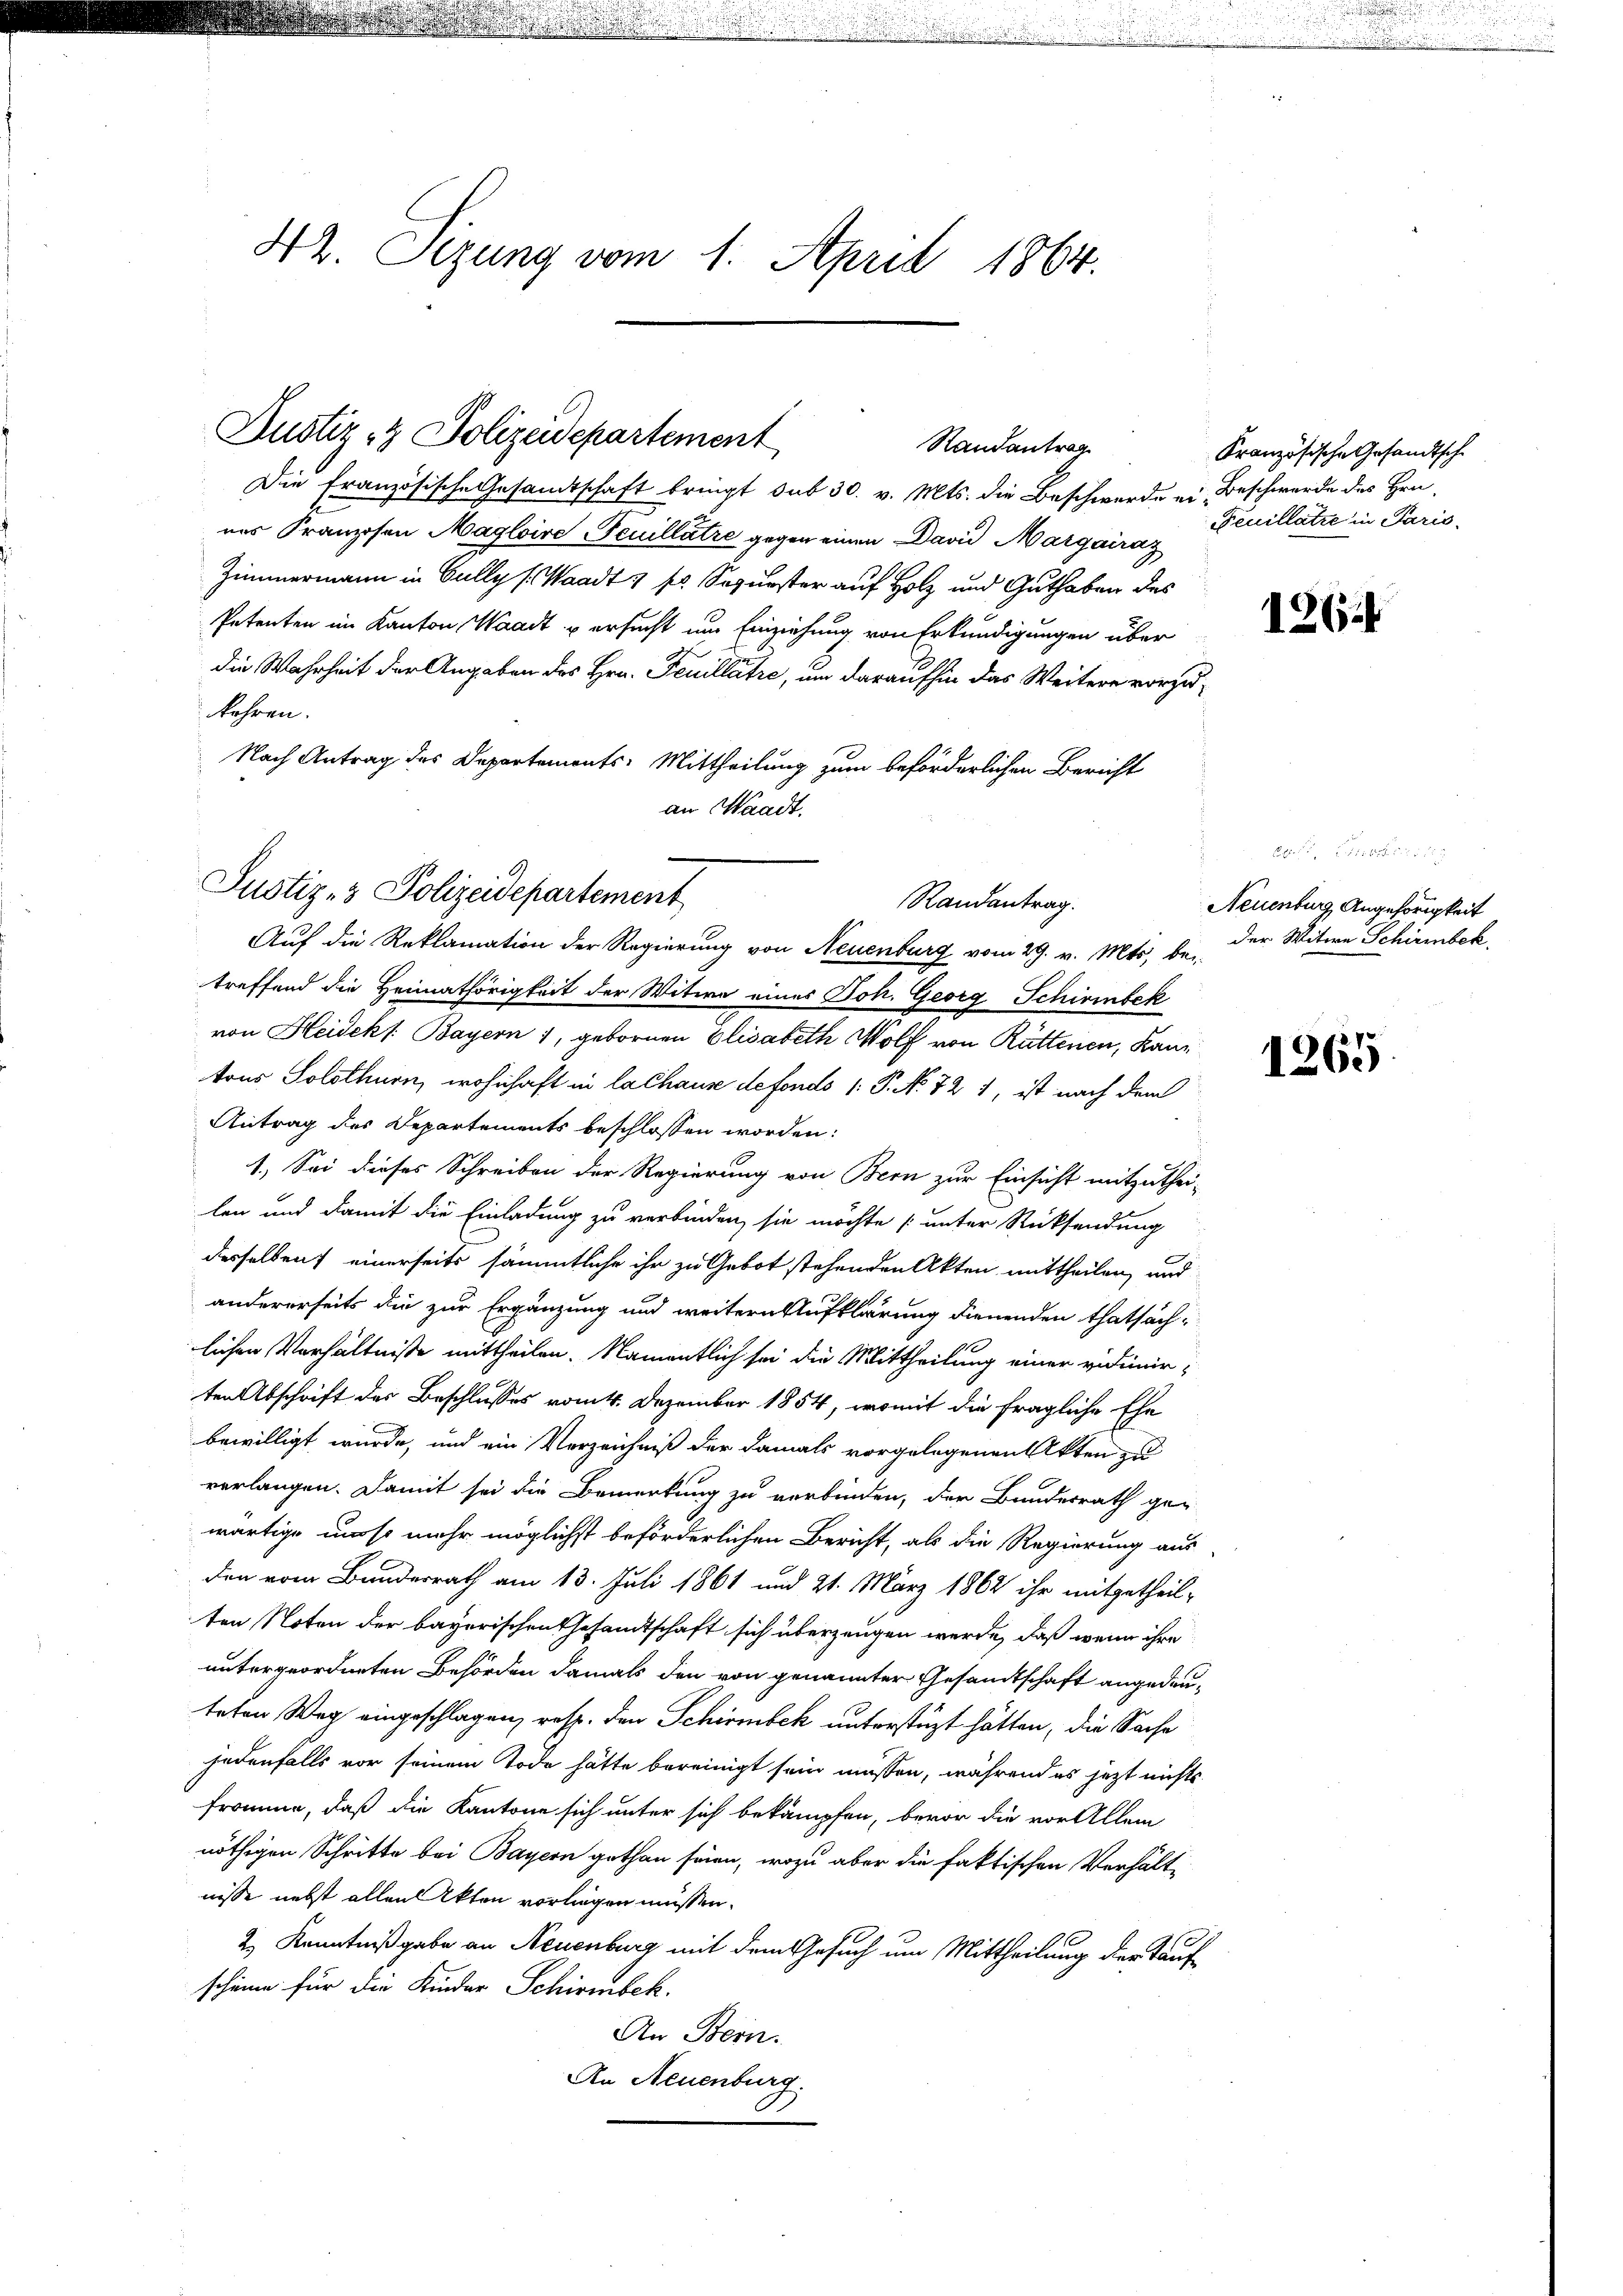
¬

d

42. Sizung vom 1. April 1864.

Justiz- & Polizeidepartement
Randantrag

Die Französische Gesandtschaft bringt sub 30. v. Mts. die Beschwerde ein Beschwerde des Hrn.
nes Franzosen Maglaire Feuillätze gegen einen David Margairaz
Zimmermann in Gully (Waadt & sr. Sepurster auf Holz und Guthaben des
Petenten im Kanton Waadt u ersucht um Einziehung von Erkundigungen über
die Wahrheit der Angaben des Hrn. Feuillätze, um daraufhin das Weitere vorzukehren.
Nach Antrag des Departements-Mittheilung zum beförderlichen Bericht
an Waadt.

Justiz- & Polizeidepartement
Randantrag.
Auf die Reklamation der Regierung von Neuenburg vom 29. v. Mts. be¬

Französische Gesandtsche
Feuillatze in Paris.

treffend die Heimathörigkeit der Witwe eines Joh. Georg Schirinbek
von Heideks. Bayern 1, gebornen Elisabeth Wolf von Rüttenen, Kantons Solothurn, wohnhaft in lachause defonds (: P. No 72 1, ist nach dem
Antrag des Departements beschlossen worden:
1. Sei dieses Schreiben der Regierung von Bern zur Einsicht mitzuthei-
len und damit die Einladung zu verbinden, sie möchte unter Rücksendung
desselben einerseits sämmtliche ihr zu Gebot stehenden Akten mittheilen, und
andererseits die zur Ergänzung und weitern Aufklärung dienenden thatsächlichen Verhältnisse mittheilen. Namentlich sei die Mittheilung einer vidimirten Abschrift des Beschlusses vom 4. Dezember 1854, womit die fragliche Ehe
bewilligt wurde, und ein Verzeichniß der damals vorgelegenen Akten zu
verlangen. Damit sei die Bemerkung zu verbinden, der Bundesrath ge-
wärtige umso mehr möglichst beförderlichen Bericht, als die Regierung aus
den vom Bundesrath am 13. Juli 1861 und 21. März 1862 ihr mitgetheil-
ten Noten der bayerischen Gesandtschaft sich überzeugen werde, daß wenn ihre
untergeordneten Behörden damals den von genannter Gesandtschaft angedeu-
teten Weg eingeschlagen, resp. den Schirmbeck unterstüzt hätten, die Sache
jedenfalls vor seinem Tode hätte bereinigt sein müssen, während es jetzt nichts
fromme, daß die Kantone sich unter sich bekämpfen, bevor die vor Allem
nöthigen Schritte bei Bayern gethan seien, wozu aber die faktischen Verhält-
nisse nebst allen Akten vorliegen müssen.
2) Kenntnißgabe an Neuenburg mit dem Gesuch um Mittheilung der Tauf
scheine für die Kinder Schirmbeck.
An Bern.
An Neuenburg.

126.

.

1
Neuenburg, Angehörigkeit
der Witwe Schirmbek

1265